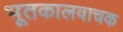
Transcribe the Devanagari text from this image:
भूतकालवाचक